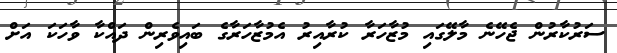
ސަރުކާރުން ޖެހޭނެ މާލޭގައި މުޒާހަރާ ކުރާއިރު އެމުޒާހަރާގެ ބައިވެރިން ދައްކާ ވާހަކަ އަށް